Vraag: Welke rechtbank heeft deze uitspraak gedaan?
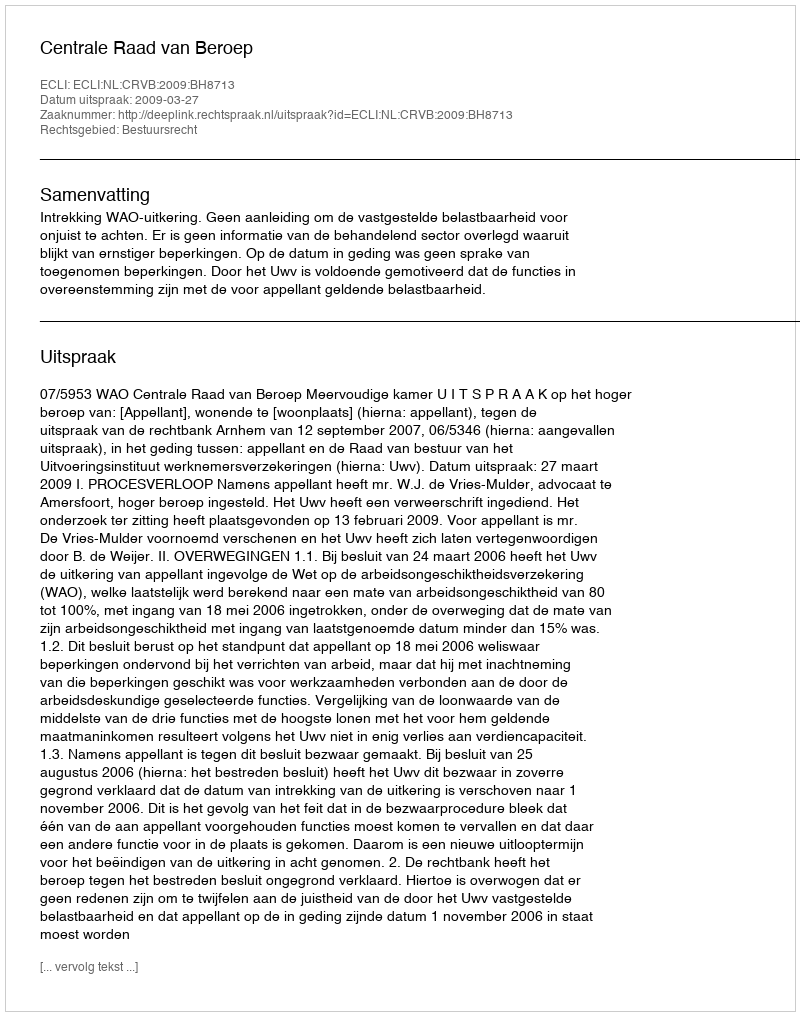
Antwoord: Centrale Raad van Beroep